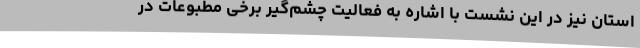
استان نیز در این نشست با اشاره به فعالیت چشم‌گیر برخی مطبوعات در